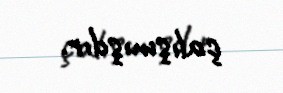
çalışmışdır.